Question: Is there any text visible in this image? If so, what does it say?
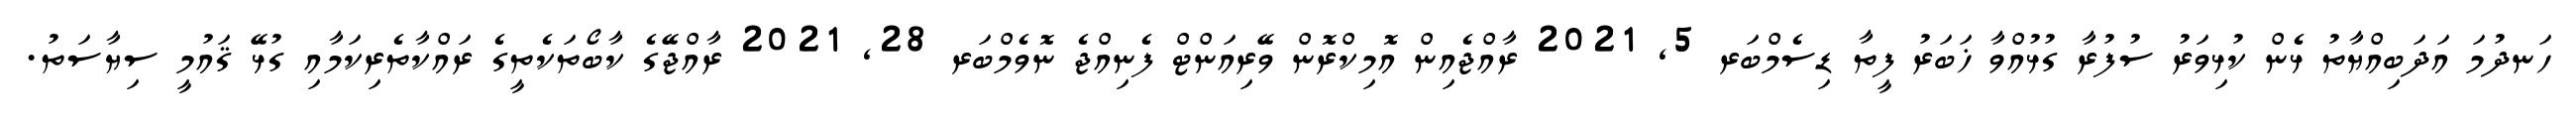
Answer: ހަނދުމަ އަދަބިއްޔާތު ޅެން ކުޅިވަރު ސުފުރާ ގުޅުއްވާ ޚަބަރު ފީތާ ޑިސެމްބަރ 5, 2021 ރާއްޖެއިން އޮމިކްރޮން ވޭރިއަންޓް ފެނިއްޖެ ނޮވެމްބަރ 28, 2021 ރާއްޖޭގެ ކާބޯތަކެތީގެ ރައްކާތެރިކަމާއި ގުޅޭ ޤައުމީ ސިޔާސަތު.